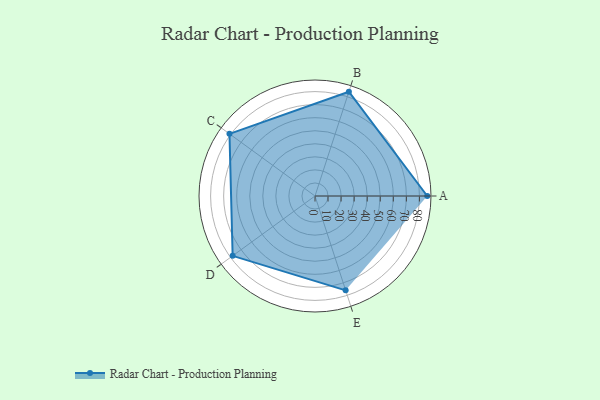
{"axis": {"x": "Skill", "y": "Score"}, "legend": ["Profile"], "data": [{"x": "A", "y": 86.0, "type": "Profile"}, {"x": "B", "y": 84.0, "type": "Profile"}, {"x": "C", "y": 81.0, "type": "Profile"}, {"x": "D", "y": 78.0, "type": "Profile"}, {"x": "E", "y": 76.0, "type": "Profile"}]}